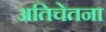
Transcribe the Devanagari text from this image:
अतिचेतना